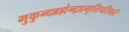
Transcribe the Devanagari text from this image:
मुकुन्दब्रह्मेन्द्रप्रभृतिपरिवारं